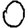
Digit: 0